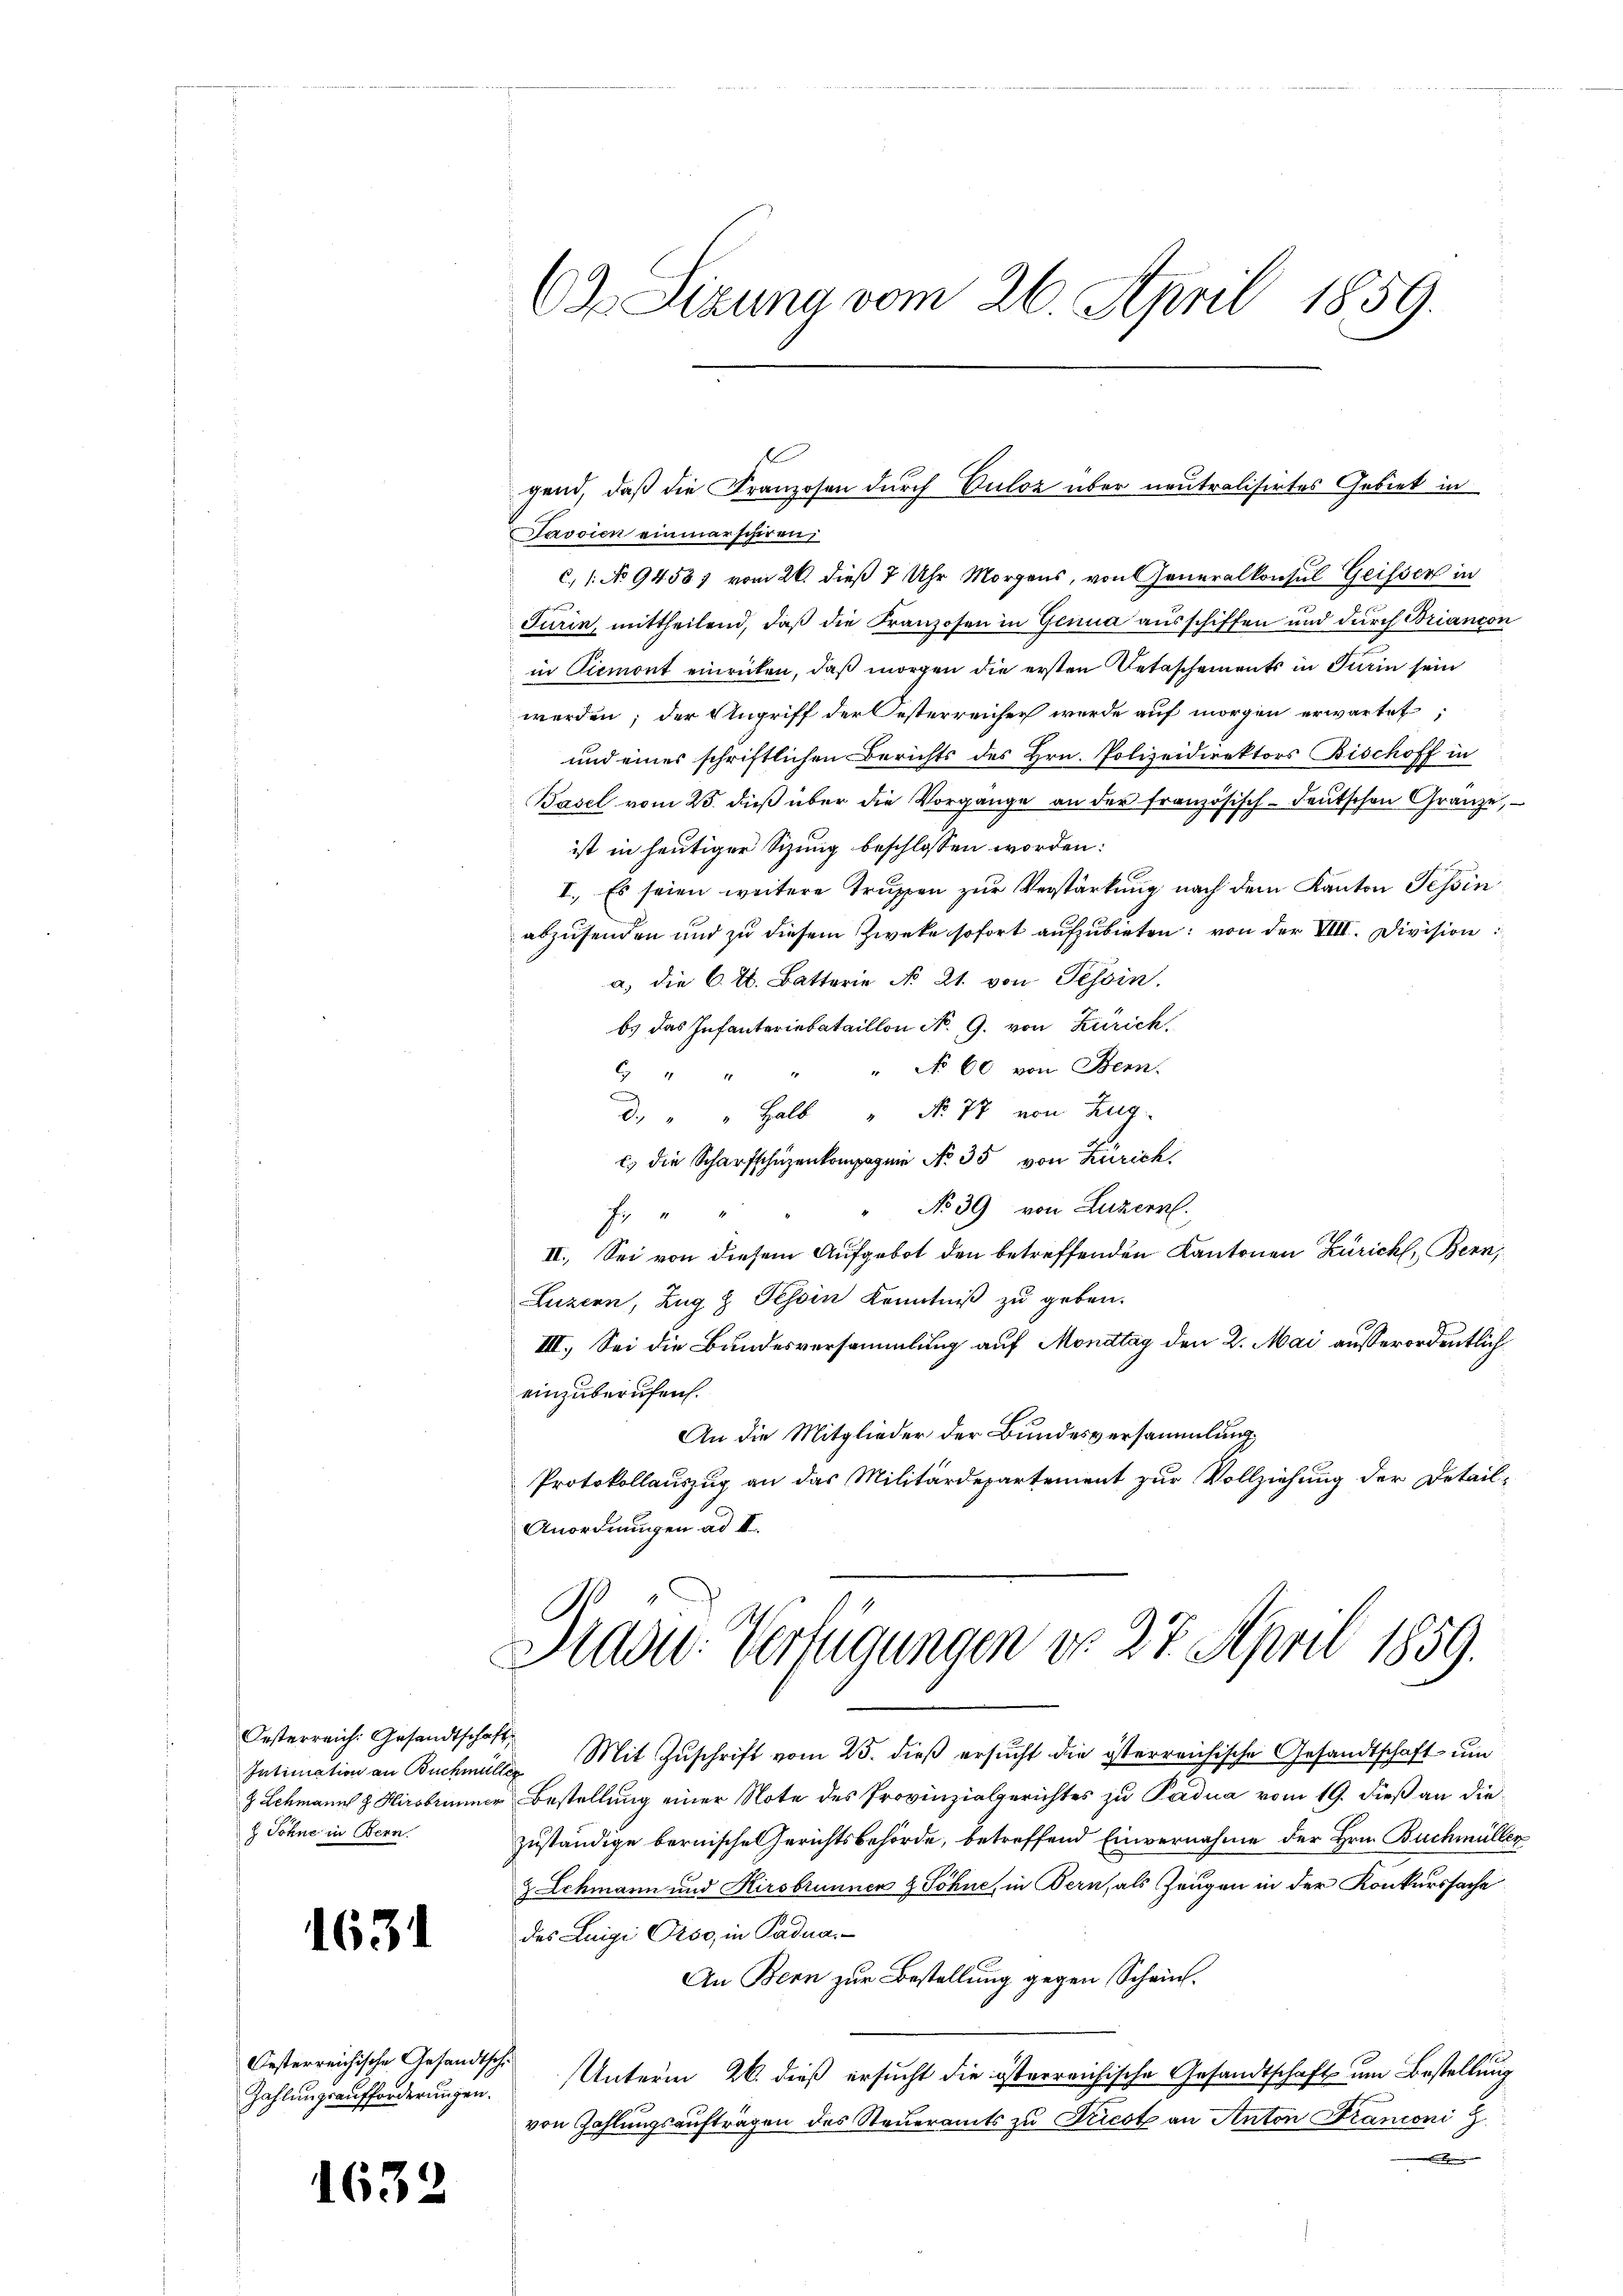
Oesterreich: Gesandtschaf
Intimation an Buchmer
 Schmann z. Hirsbrunner
z Sohne in Bern.

1631

Oesterreichische Gesandtschi
Zahlungsaufforderungen.

163

Jasoien einmarschiren,
c, 1. No 9458) vom 26. dieß 7 Uhr Morgens, von Generalkonsul Geisser in
Turin, mittheilend, daß die Franzosen in Genua ausschiffen und durch Briancon
in Piemont einrücken, daß morgen die ersten Retaschements in Turin sein
werden; der Angriff der Oesterreicher werde auf morgen erwartet,
und eines schriftlichen Berichts des Hrn. Polizeidirektors Bischoff in
Basel vom 25. dieß über die Vorgange an der französisch-deutschen Gränze,
ist in heutiger Sizung beschlossen worden:
I. Es seien weitere Truppen zur Verstärkung nach dem Kanton Tessin
abzusenden und zu diesem Zwecke sofort aufzubieten; von der VIII. Division
a) die 6. 4. Batterie No 21. von Tessin.
bs das Infanteriebataillon No. 9. von Zürich,
" No 60 von Stern.
C44
u
0.) " " Halb " No. 77 von Zug
c) die Scharfschüzenkompagnie No. 35 von Zürich
" No 39 von Luzern.
Er
II. Sei von diesem Aufgebot den betreffenden Kantonen Zürich, Bern,
Luzern, Zŭg z. Tessin Kenntniβ zŭ geben.
III. Sei die Bundesversammlung auf Montag den 2. Mai ausserordentlich
einzuberufen.
An die Mitglieder der Bundesversammlung,
Protokollauszug an das Militärdepartement zur Vollziehung der Detail-
Anordnungen ad II.

63 Sizung vom 26. April 1859.

gend, daß die Franzosen durch Culoz über neutralisirtes Gebiet in

Sadu. Verfügungen No. 27. April 1859.

4 Mit Zuschrift vom 25. dieß ersucht die österreichische Gesandtschaft um
Bestellung einer Note des Provinzialgerichtes zu Padua vom 19. dieß an die
zuständige bernische Gerichtsbehörde, betreffend Einvernahme der Hrn. Buchmüllen
z. Schmann und Kirsbrunnen & Söhne, in Bern, als Zeugen in der Konkurssache
des Luigi Orso, in Padua
An Bern zur Bestellung gegen Schein.
Unterm 26. dieß ersucht die österreichische Gesandtschaft um Bestellung
von Zahlungsaufträgen des Steueramts zu Tricot an Anton Franconi Z
ben